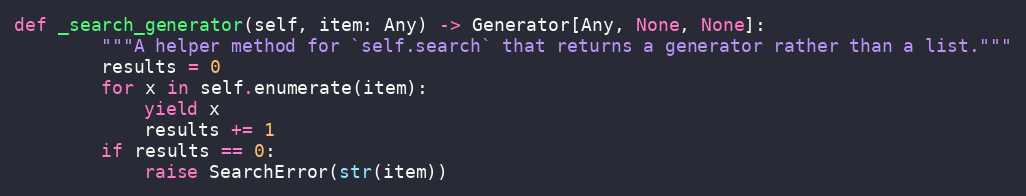
Language: Python
def _search_generator(self, item: Any) -> Generator[Any, None, None]:
        """A helper method for `self.search` that returns a generator rather than a list."""
        results = 0
        for x in self.enumerate(item):
            yield x
            results += 1
        if results == 0:
            raise SearchError(str(item))